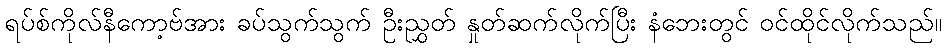
ရပ်စ်ကိုလ်နီကော့ဗ်အား ခပ်သွက်သွက် ဦးညွှတ် နှုတ်ဆက်လိုက်ပြီး နံဘေးတွင် ဝင်ထိုင်လိုက်သည်။